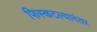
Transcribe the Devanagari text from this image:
फिस्कटल्यानंतर